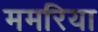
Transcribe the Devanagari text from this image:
ममरिया